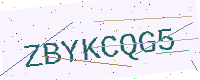
Text: ZBYKCQG5